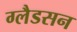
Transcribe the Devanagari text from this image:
ग्लैडसन